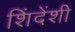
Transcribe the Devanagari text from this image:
शिंदेंशी